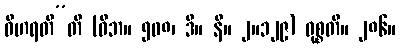
ဝိဟရတီ”တိ (ဝိဘ။ ၅၀၈၊ ဒီ။ နိ။ ၂။၁၂၉) ဝုစ္စတိ။ ၂၈၆။